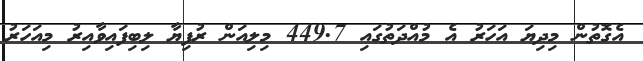
އެގޮތުން މިދިޔަ އަހަރު އެ މުއްދަތުގައި 449.7 މިލިއަން ރުފިޔާ ލިބިފައިވާއިރު މިއަހަރު